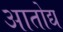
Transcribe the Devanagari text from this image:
आतोद्य